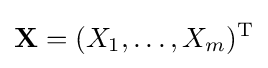
\mathbf {X} =(X_{1},\ldots ,X_{m})^{\rm {T}}